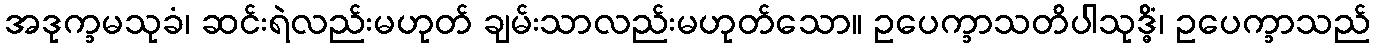
အဒုက္ခမသုခံ၊ ဆင်းရဲလည်းမဟုတ် ချမ်းသာလည်းမဟုတ်သော။ ဥပေက္ခာသတိပါသုဒ္ဓိံ၊ ဥပေက္ခာသည်